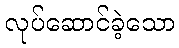
လုပ်ဆောင်ခဲ့သော